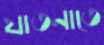
যাতনাতে